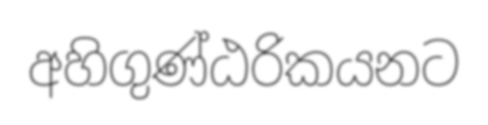
අහිගුණ්ඨරිකයනට